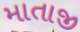
માતાજી